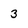
Character: 3